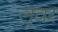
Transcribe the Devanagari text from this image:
लूवर